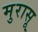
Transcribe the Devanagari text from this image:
मुरासू